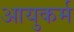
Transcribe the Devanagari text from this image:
आयुकर्म